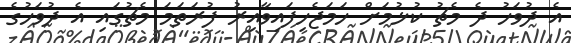
އެ ދުވަހު ދެ މެޗު ކުޅުމަށް ހަމަޖެހިފައިވާއިރު ފުރަތަމަ މެޗުގައި އެ ދުވަހުގެ